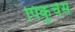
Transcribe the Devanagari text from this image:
पिकुंचेस